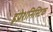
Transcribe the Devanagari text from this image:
इंप्रेशनिस्टिक